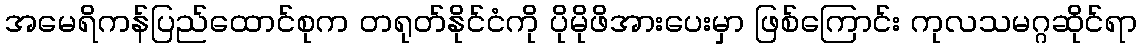
အမေရိကန်ပြည်ထောင်စုက တရုတ်နိုင်ငံကို ပိုမိုဖိအားပေးမှာ ဖြစ်ကြောင်း ကုလသမဂ္ဂဆိုင်ရာ